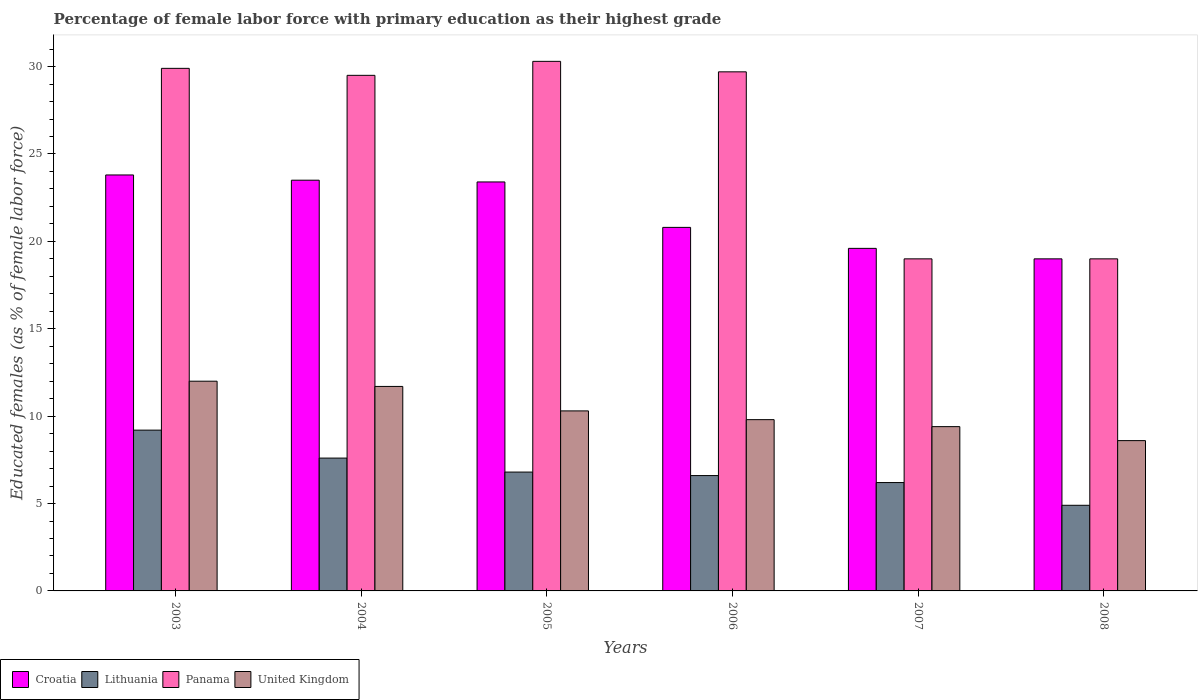
| Years | Croatia | Lithuania | Panama | United Kingdom |
 | --- | --- | --- | --- | --- |
 | 2003 | 23.8 | 9.2 | 29.9 | 12 |
 | 2004 | 23.5 | 7.6 | 29.5 | 11.7 |
 | 2005 | 23.4 | 6.8 | 30.3 | 10.3 |
 | 2006 | 20.8 | 6.6 | 29.7 | 9.8 |
 | 2007 | 19.6 | 6.2 | 19 | 9.4 |
 | 2008 | 19 | 4.9 | 19 | 8.6 |